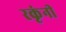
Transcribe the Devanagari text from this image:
रकृंनी